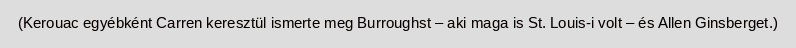
(Kerouac egyébként Carren keresztül ismerte meg Burroughst – aki maga is St. Louis-i volt – és Allen Ginsberget.)